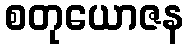
စတုယောဇန